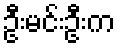
ဦးမင်းဦးက